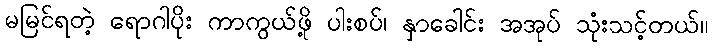
မမြင်ရတဲ့ ရောဂါပိုး ကာကွယ်ဖို့ ပါးစပ်၊ နှာခေါင်း အအုပ် သုံးသင့်တယ်။